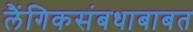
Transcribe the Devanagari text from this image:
लैंगिकसंबधाबाबत